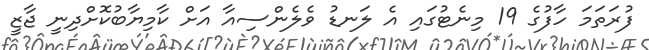
ފުރަތަމަ ހާފުގެ 19 މިނެޓުގައި އެ ލަނޑު ވެލެންސިއާ އަށް ކާމިޔާބުކޮށްދިނީ ޖާޒީ